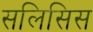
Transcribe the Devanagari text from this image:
सलिसिस